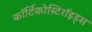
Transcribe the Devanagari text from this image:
कॉर्टिकोस्टिरॉइड्स